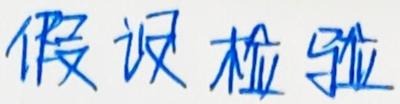
假设检验